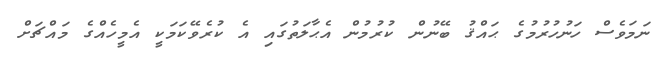
ނަމަވެސް ހަނުހުރުމުގެ ޙައްޤު ބޭނުން ކުރުމުން އެޙާލަތުގައި އެ ކުރެވޭކަމަކީ އެމީހެއްގެ މައްޗަށް